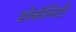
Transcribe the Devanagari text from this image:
डोकॅलिटी